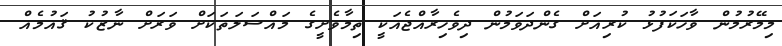
މިމޭރުމުން ވާހަކަފުޅު ކުރިއަށް ގެންދަވަމުން ދިވެހިރާއްޖެއަކީ ތިމާވެށީގެ މައްސަލަތަކަށް ވަރަށް ނާޒުކު ޤައުމެއް